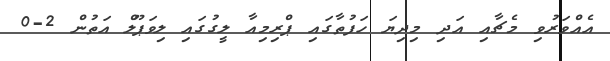
އެއްވަރުވި މެޗާއި އަދި މިދިޔަ ހަފުތާގައި ޕްރިމިއާ ލީގުގައި ލިވަޕޫލް އަތުން 2-0